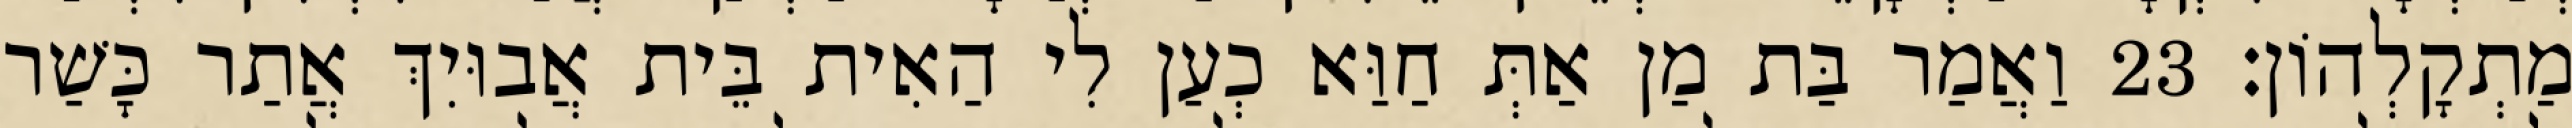
מַתְקָלְהוֹן׃ 23 וַאֲמַר בַּת מַן אַתְּ חַוַּא כְעַן לִי הַאִית בֵּית אֲבוּיִךְ אֲתַר כָּשַׁר